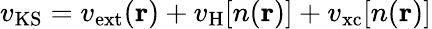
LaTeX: v_{\mathrm{KS}}=v_{\mathrm{ext}}(\textbf{r})+v_{\mathrm{H}}[n(\textbf{r})]+v_{\mathrm{xc}}[n(\textbf{r})]